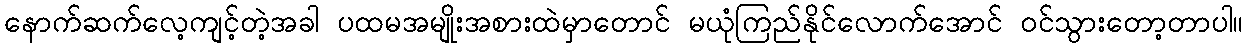
နောက်ဆက်လေ့ကျင့်တဲ့အခါ ပထမအမျိုးအစားထဲမှာတောင် မယုံကြည်နိုင်လောက်အောင် ဝင်သွားတော့တာပါ။